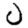
Digit: 0